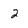
Character: 2